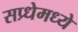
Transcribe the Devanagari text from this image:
सप्र्धेमध्ये